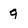
Character: 9